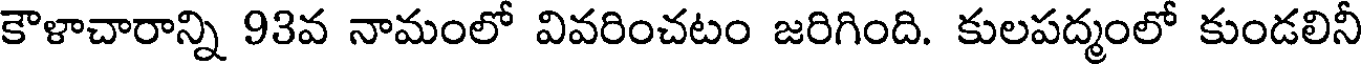
కౌళాచారాన్ని 93వ నామంలో వివరించటం జరిగింది. కులపద్మంలో కుండలినీ